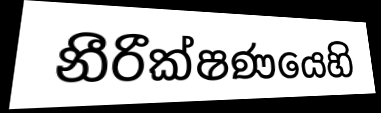
නීරීක්ෂණයෙහි